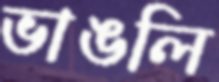
ভাঙলি